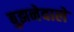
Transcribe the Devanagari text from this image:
बुझनेवाले